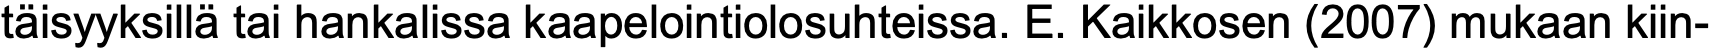
täisyyksillä tai hankalissa kaapelointiolosuhteissa. E. Kaikkosen (2007) mukaan kiin-